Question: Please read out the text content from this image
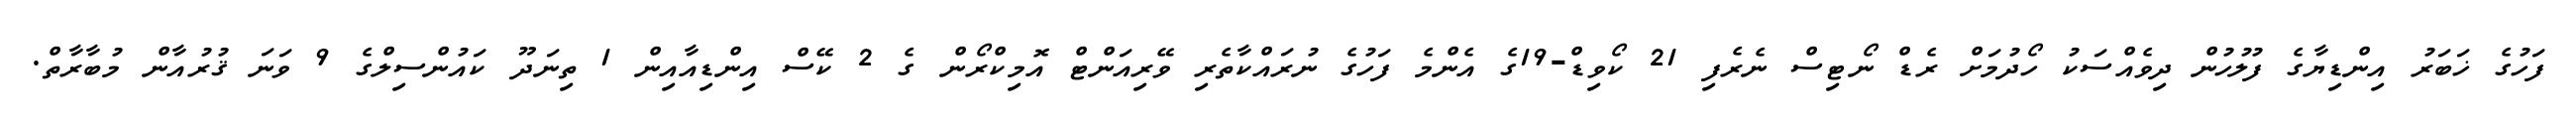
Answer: ފަހުގެ ޚަބަރު އިންޑިޔާގެ ފުލުހުން ދިވެއްސަކު ހޯދުމަށް ރެޑް ނޯޓިސް ނެރެފި 21 ކޯވިޑް-19ގެ އެންމެ ފަހުގެ ނުރައްކާތެރި ވޭރިއަންޓް އޮމިކްރޯން ގެ 2 ކޭސް އިންޑިއާއިން 1 ތިނަދޫ ކައުންސިލްގެ 9 ވަނަ ޤުރުއާން މުބާރާތް.